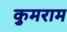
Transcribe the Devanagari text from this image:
कुमराम